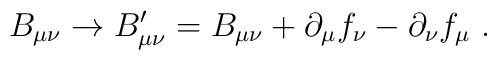
B_{\mu \nu} \rightarrow B^{\prime}_{\mu \nu} = B_{\mu \nu} + \partial_\mu f_\nu- \partial_\nu f_\mu ~.